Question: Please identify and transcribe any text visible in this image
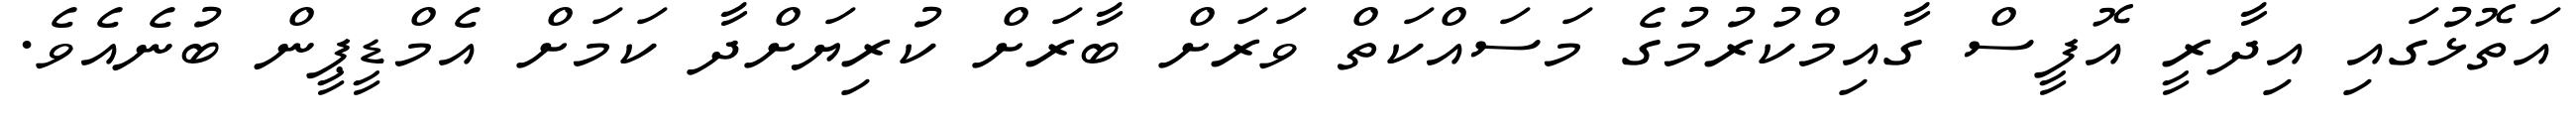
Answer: އަތޮޅުގައި އިދާރީ އޮފީސް ގާއިމްކުރުމުގެ މަސައްކަތް ވަރަށް ބާރަށް ކުރިޔަށްދާ ކަމަށް އެމްޑީޕީން ބުނެއެވެ.